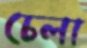
চেলা